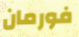
فورمان